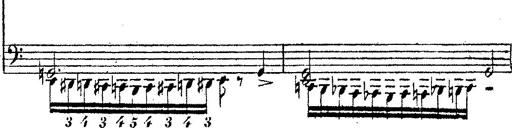
Title: 12 Lieder von Franz Schubert
Composer: Franz Liszt